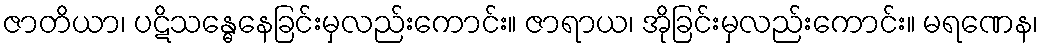
ဇာတိယာ၊ ပဋိသန္ဓေနေခြင်းမှလည်းကောင်း။ ဇာရာယ၊ အိုခြင်းမှလည်းကောင်း။ မရဏေန၊